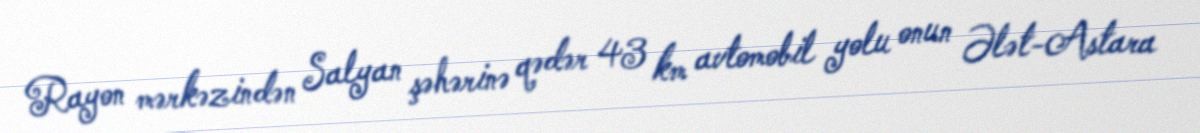
Rayon mərkəzindən Salyan şəhərinə qədər 43 km avtomobil yolu onun Ələt-Astara